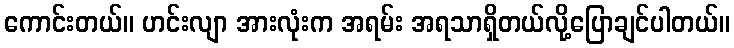
ကောင်းတယ်။ ဟင်းလျာ အားလုံးက အရမ်း အရသာရှိတယ်လို့ပြောချင်ပါတယ်။